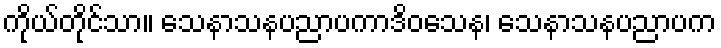
ကိုယ်တိုင်သာ။ သေနာသနပညာပကာဒိဝသေန၊ သေနာသနပညာပက